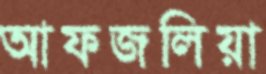
আফজলিয়া